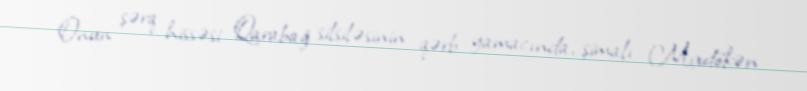
Onun şərq hissəsi Qarabağ silsiləsinin qərb yamacında, şimalı Mıxdökən